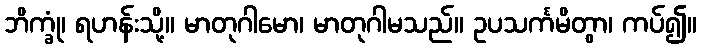
ဘိက္ခုံ၊ ရဟန်းသို့။ မာတုဂါမော၊ မာတုဂါမသည်။ ဥပသင်္ကမိတွာ၊ ကပ်၍။